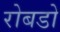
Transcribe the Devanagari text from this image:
रोबडो